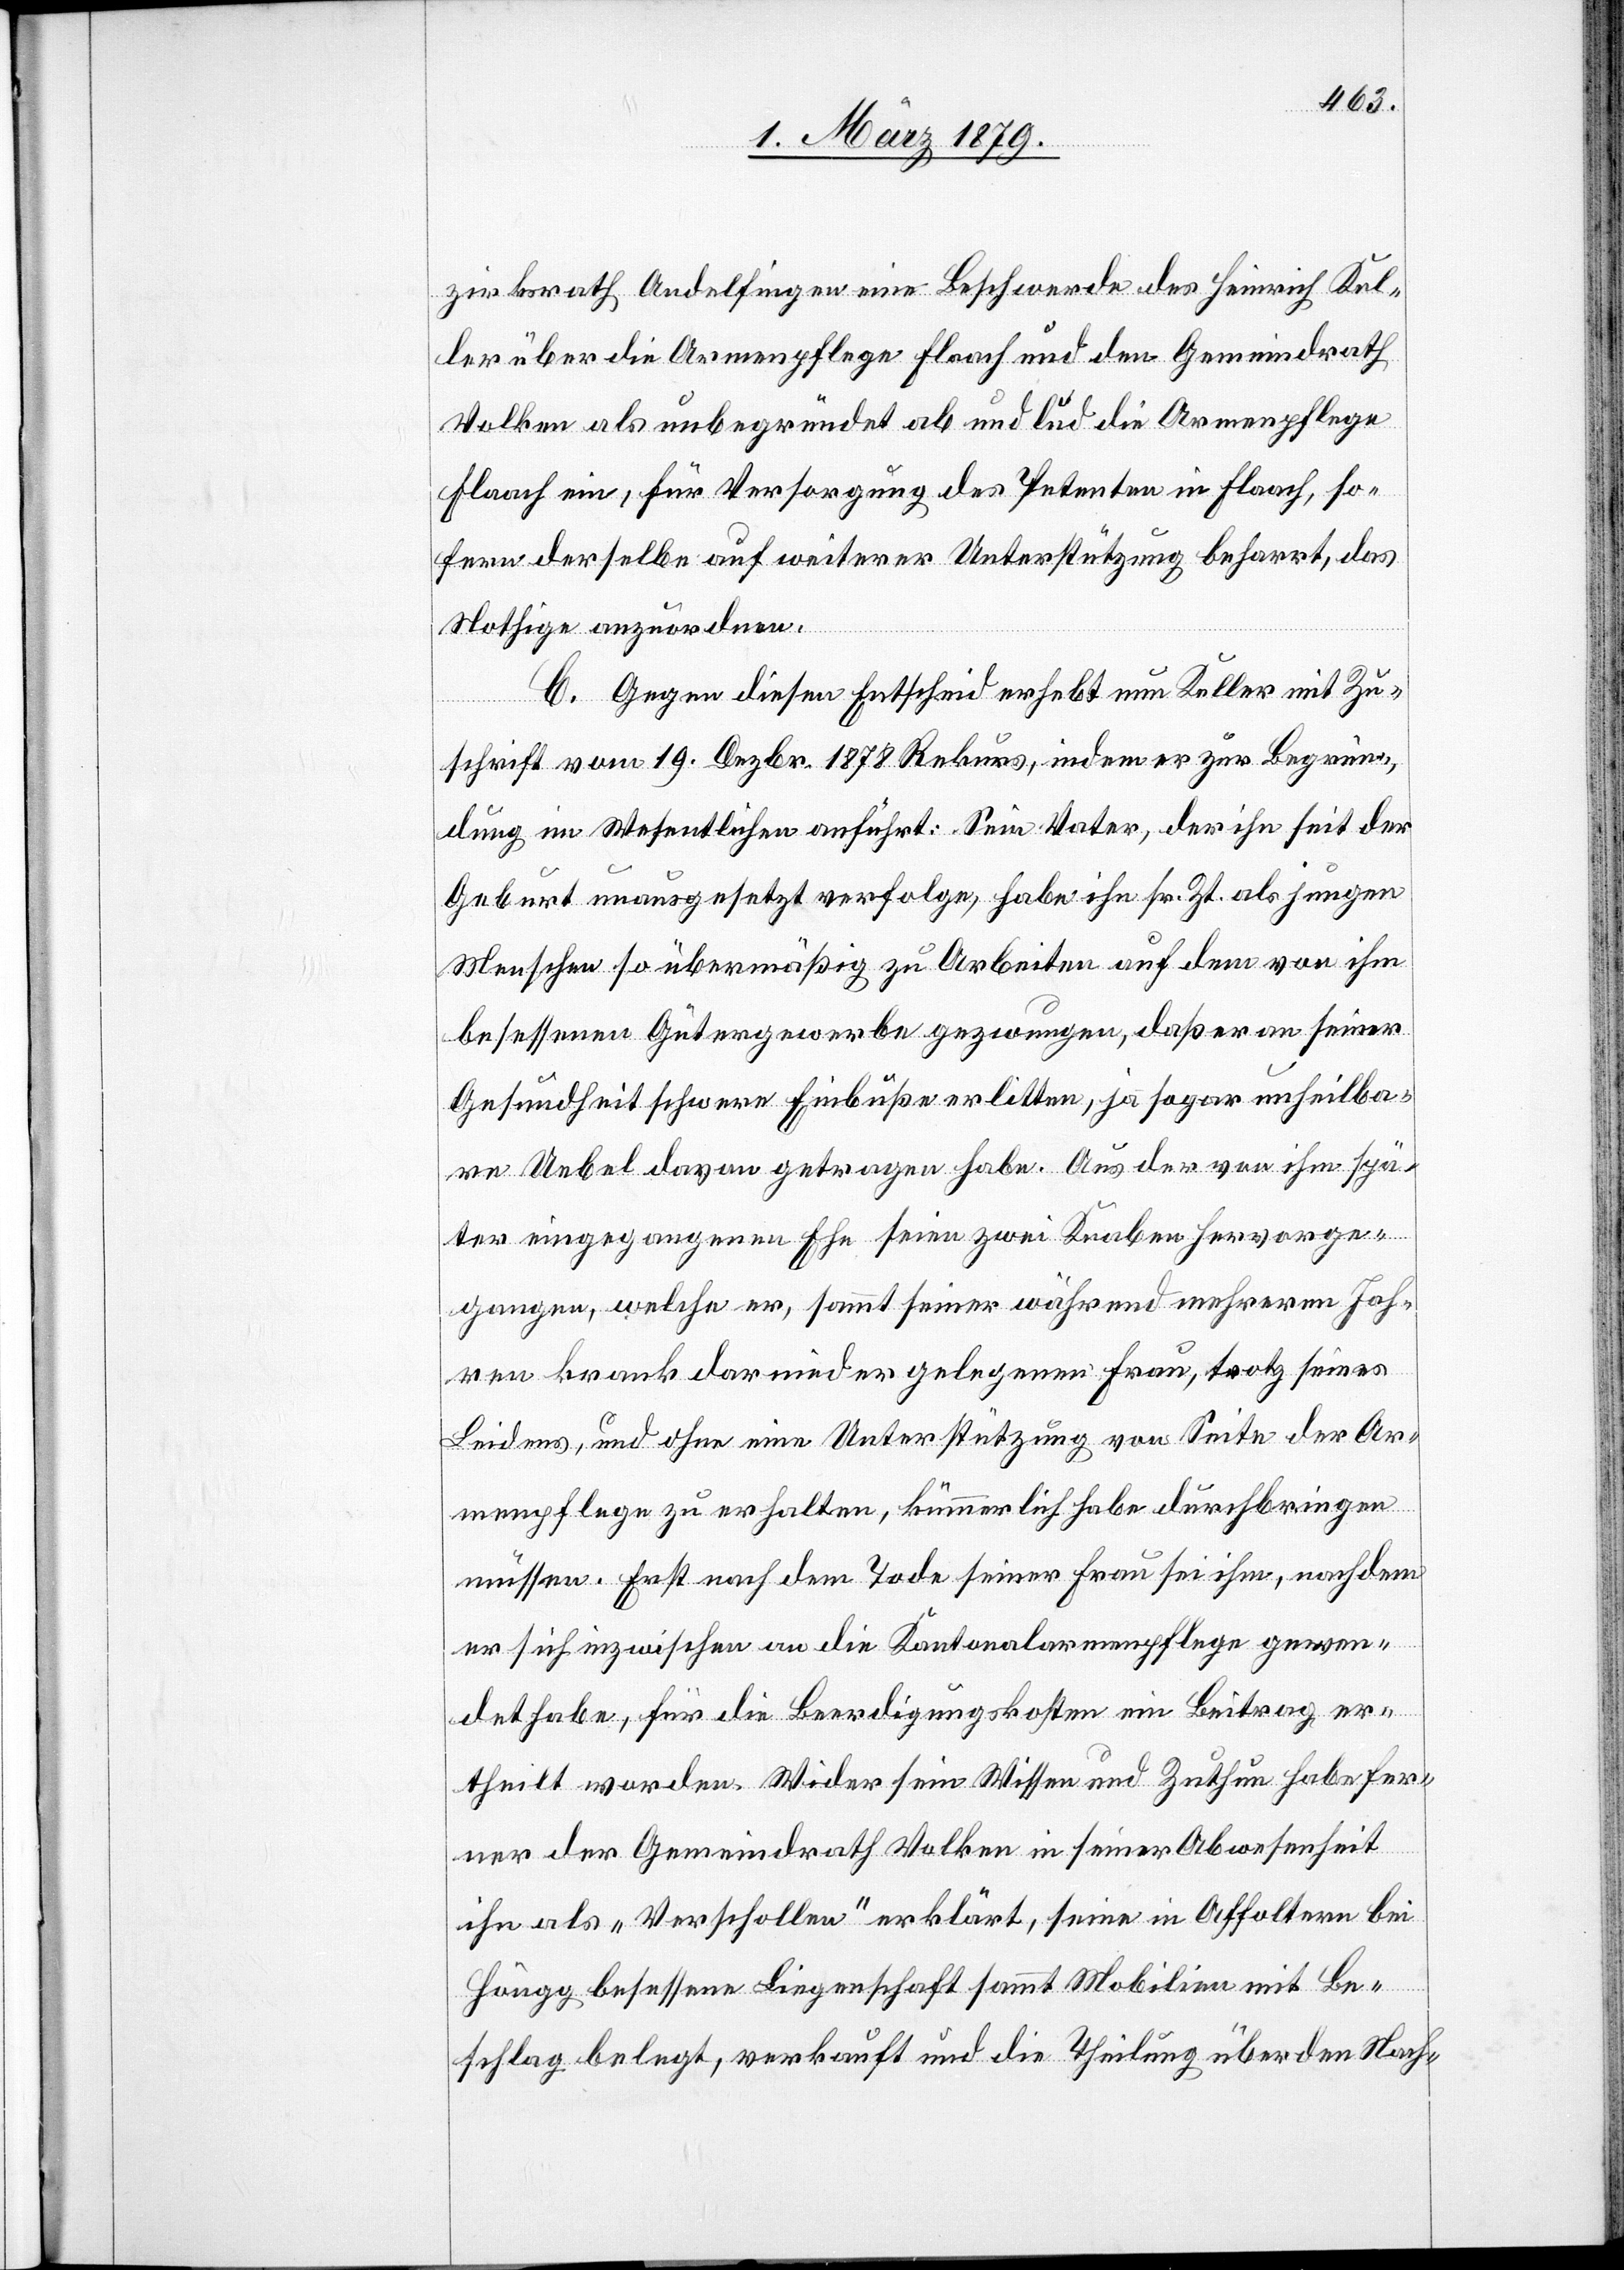
zirksrath Andelfingen eine Beschwerde des Heinrich Kel¬
ler über die Armenpflege Flaach und den Gemeindrath
Volken als unbegründet ab und lud die Armenpflege
Flaach ein, für Versorgung des Petenten in Flaach, so¬
fern derselbe auf weiterer Unterstützung beharrt, das
C. Gegen diesen Entscheid erhebt nun Keller mit Zu¬
schrift vom 19. Dezbr. 1878 Rekurs, indem er zur Begrün¬
dung im Wesentlichen anführt: Sein Vater, der ihn seit der
Geburt unausgesetzt verfolge, habe ihn sr. Zt. als jungen
Menschen so übermäßig zu Arbeiten auf dem von ihm
besessenen Gütergewerbe gezwungen, daß er an seiner
Gesundheit schwere Einbuße erlitten, ja sogar unheilba¬
re Uebel davon getragen habe. Aus der von ihm spä¬
ter eingegangenen Ehe seien zwei Knaben hervorge¬
gangen, welche er, sammt seiner während mehreren Jah¬
ren krank darnieder gelegenen Frau, trotz seines
Leidens, und ohne eine Unterstützung von Seite der Ar¬
menpflege zu erhalten, kümmerlich habe durchbringen
müssen. Erst nach dem Tode seiner Frau sei ihm, nachdem
er sich inzwischen an die Kantonalarmenpflege gewen¬
det habe, für die Beerdigungskosten ein Beitrag er¬
theilt worden. Wider sein Wissen und Zuthun habe fer¬
ner der Gemeindrath Volken in seiner Abwesenheit
ihn als „Verschollen“ erklärt, seine in Affoltern bei
rdnen.
Höngg besessene Liegenschaft sammt Mobilien mit Be¬
schlag belegt, verkauft und die Theilung über den Nach-